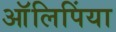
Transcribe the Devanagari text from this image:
आॅलिपिंया